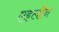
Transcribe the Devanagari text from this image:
एइलीन